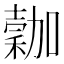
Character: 𥡮